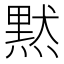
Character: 黙